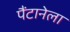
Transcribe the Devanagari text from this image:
पैंटानेला